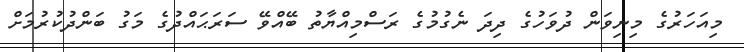
މިއަހަރުގެ މިނިވަން ދުވަހުގެ ދިދަ ނެގުމުގެ ރަސްމިއްޔާތު ބޭއްވޭ ސަރަޙައްދުގެ މަގު ބަންދުކުރުމަށް